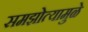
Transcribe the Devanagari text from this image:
समझोत्यामुळे